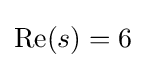
{\textstyle \operatorname {Re} (s)=6}